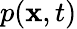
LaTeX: p({\boldsymbol{\mathbf{x}}},t)